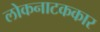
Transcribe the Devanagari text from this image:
लोकनाटककार